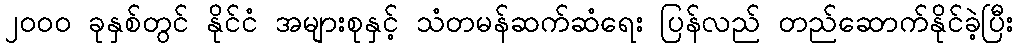
၂၀၀၀ ခုနှစ်တွင် နိုင်ငံ အများစုနှင့် သံတမန်ဆက်ဆံရေး ပြန်လည် တည်ဆောက်နိုင်ခဲ့ပြီး